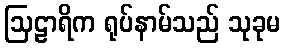
ဩဠာရိက ရုပ်နာမ်သည် သုခုမ